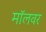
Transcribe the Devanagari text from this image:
मॉलवर